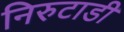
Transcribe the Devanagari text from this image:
निरुटाडी